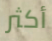
أكثر